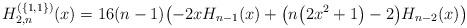
LaTeX: \begin{align*}H_{2,n}^{(\{1,1\})}(x)=16(n-1)\big({-}2xH_{n-1}(x)+\big(n\big(2x^2+1\big)-2\big)H_{n-2}(x)\big)\end{align*}